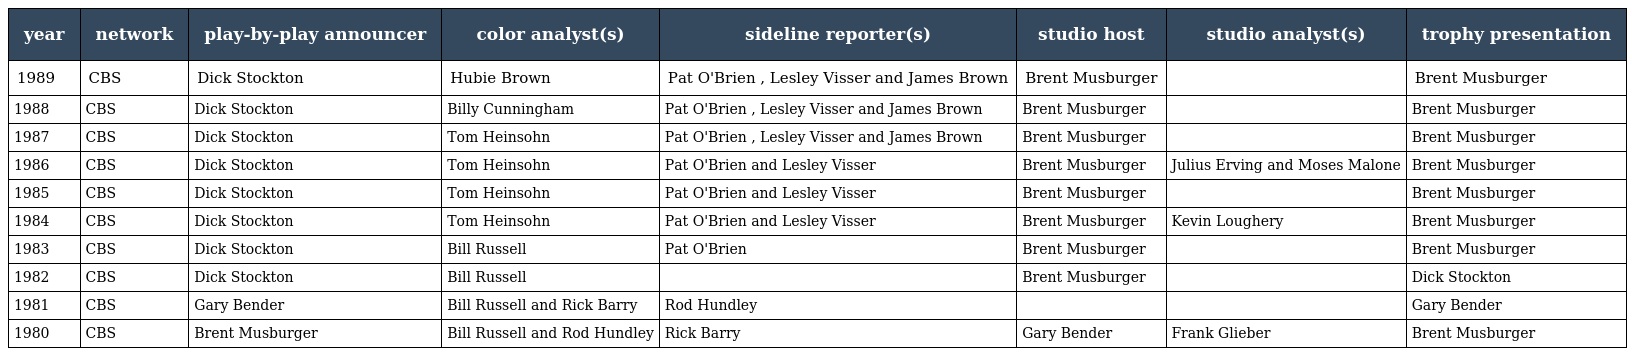
| year | network | play-by-play announcer | color analyst(s) | sideline reporter(s) | studio host | studio analyst(s) | trophy presentation |
 | --- | --- | --- | --- | --- | --- | --- | --- |
 | 1989 | CBS | Dick Stockton | Hubie Brown | Pat O'Brien , Lesley Visser and James Brown | Brent Musburger |  | Brent Musburger |
 | 1988 | CBS | Dick Stockton | Billy Cunningham | Pat O'Brien , Lesley Visser and James Brown | Brent Musburger |  | Brent Musburger |
 | 1987 | CBS | Dick Stockton | Tom Heinsohn | Pat O'Brien , Lesley Visser and James Brown | Brent Musburger |  | Brent Musburger |
 | 1986 | CBS | Dick Stockton | Tom Heinsohn | Pat O'Brien and Lesley Visser | Brent Musburger | Julius Erving and Moses Malone | Brent Musburger |
 | 1985 | CBS | Dick Stockton | Tom Heinsohn | Pat O'Brien and Lesley Visser | Brent Musburger |  | Brent Musburger |
 | 1984 | CBS | Dick Stockton | Tom Heinsohn | Pat O'Brien and Lesley Visser | Brent Musburger | Kevin Loughery | Brent Musburger |
 | 1983 | CBS | Dick Stockton | Bill Russell | Pat O'Brien | Brent Musburger |  | Brent Musburger |
 | 1982 | CBS | Dick Stockton | Bill Russell |  | Brent Musburger |  | Dick Stockton |
 | 1981 | CBS | Gary Bender | Bill Russell and Rick Barry | Rod Hundley |  |  | Gary Bender |
 | 1980 | CBS | Brent Musburger | Bill Russell and Rod Hundley | Rick Barry | Gary Bender | Frank Glieber | Brent Musburger |